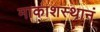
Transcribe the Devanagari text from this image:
माकाशस्थानं